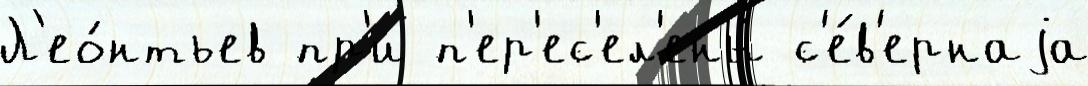
Л'ео́нтьев пр'и п'ер'ес'ел'ены́ с'е́в'ернаjа